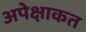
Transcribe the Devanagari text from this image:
अपेक्षाकत